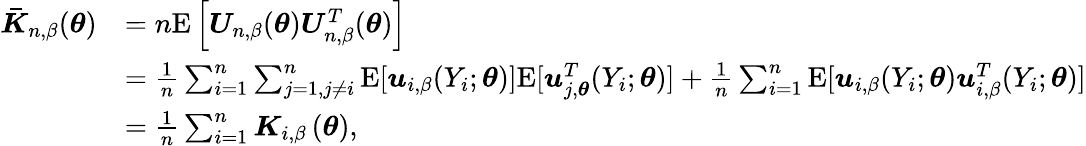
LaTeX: \begin{array}{rl}{\boldsymbol{\bar{K}}_{n,\beta}(\boldsymbol{\theta})}&{=n\mathrm{E}\left[\boldsymbol{U}_{n,\beta}(\boldsymbol{\theta})\boldsymbol{U}_{n,\beta}^{T}(\boldsymbol{\theta})\right]}\\ &{=\frac{1}{n}\sum_{i=1}^{n}\sum_{j=1,j\neq i}^{n}\mathrm{E}[\boldsymbol{u}_{i,\beta}(Y_{i};\boldsymbol{\theta})]\mathrm{E}[\boldsymbol{u}_{j,\boldsymbol{\theta}}^{T}(Y_{i};\boldsymbol{\theta})]+\frac{1}{n}\sum_{i=1}^{n}\mathrm{E}[\boldsymbol{u}_{i,\beta}(Y_{i};\boldsymbol{\theta})\boldsymbol{u}_{i,\beta}^{T}(Y_{i};\boldsymbol{\theta})]}\\ &{=\frac{1}{n}\sum_{i=1}^{n}\boldsymbol{K}_{i,\beta}\left(\boldsymbol{\theta}\right),}\end{array}